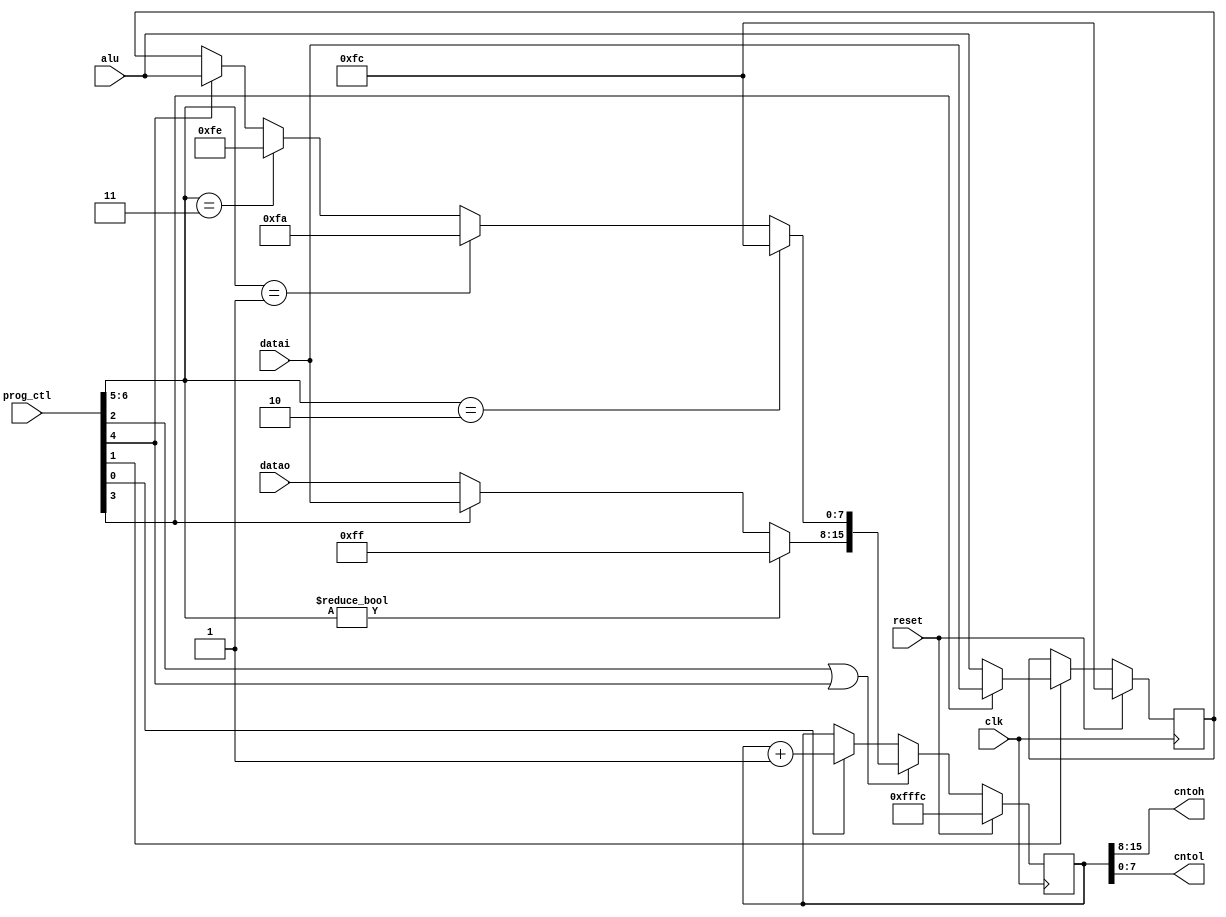
// 16 bit program counter for the m6502
//
//  Description:
//  	This is the 16 bit program counter for the m6502.
// 	This is basically a 16 bit up counter.
// 	There is an 8 bit register that is used to hold the low half of the PC 
// 	when loading a new value during a JMP instruction.
// 	The reset and interrupt vectors are also applied here.
// 
//  Signals ending in _n are active low.
//
// --------------------------------------------------------------------------------    
`timescale 1 ns / 1 ns // timescale for following modules

module prog_cnt (clk,
   reset,
   alu,
   cntoh,
   cntol,
   datai,
   datao,
   prog_ctl);
input   clk; //  we use the IEEE standard 1164 logic types. + and - operators

input   reset; //  active high reset

input   [7:0] alu; //  output of alu

output  [7:0] cntoh; //  high counter out

output  [7:0] cntol; //  low counter out

input   [7:0] datai; //  data in bus in

input   [7:0] datao; //  data out bus in

input   [6:0] prog_ctl; //  Control signals

parameter RST_vec_hi = 8'b 11111111; //  reset vector = fffc
parameter NMI_vec_lo = 8'b 11111010; 
parameter RST_vec_lo = 8'b 11111100; 
//  be sure to include the following synopsys command in your synthesis script
//  compile_preserve_sync_resets="true"
parameter IRQ_vec_lo = 8'b 11111110; 
wire    [7:0] cntoh; 
wire    [7:0] cntol; 
//  0=cnt_enb,1=load H, 2=load PC, 3=sel_datai, 4=load PCL with alu
//  6:5-00=no change,01=NMI vector, 10=reset vector,11=IRQ vector
wire    [7:0] cntih; //  counter data in high
wire    [7:0] cntil; //  counter data in low
reg     [7:0] hreg; //  H register output
wire    [7:0] hreg_in; //  H register input
reg     [15:0] pc; //  program counter
// ---------------Architecture synth-----------
assign cntoh = pc[15:8]; 
//  drive the port
assign cntol = pc[7:0]; 
//  drive the port
assign hreg_in = prog_ctl[3] == 1'b 1 ? datai : 
	alu; 
//  mux either the datai or datao ports
//  mux in reset vector
//  mux in NMI vector
//  mux in IRQ vector
//  shortcut relative branches
assign cntil = prog_ctl[6:5] == 2'b 10 ? RST_vec_lo : 
	prog_ctl[6:5] == 2'b 01 ? NMI_vec_lo : 
	prog_ctl[6:5] == 2'b 11 ? IRQ_vec_lo : 
	prog_ctl[4] == 1'b 1 ? alu : 
	hreg; 
//  mux in reset
//  mux either the datai or datao ports
assign cntih = prog_ctl[6:5] != 2'b 00 ? RST_vec_hi : 
	prog_ctl[3] == 1'b 1 ? datai : 
	datao; 
always @(posedge clk)
   begin : counter
   if (reset == 1'b 1)
      begin
      pc <= {RST_vec_hi , RST_vec_lo};
      end
   else if (prog_ctl[2] == 1'b 1 | prog_ctl[4] == 1'b 1 )
      begin
      pc <= {cntih , cntil};
      end
   else if (prog_ctl[0] == 1'b 1 )
      begin
      pc <= pc + 1;
      end
   else
      begin
      pc <= pc;
      end
   if (reset == 1'b 1)
//  create the H register which holds
      begin
      hreg <= RST_vec_lo;
//  the new low half of the PC while
      end
   else if (prog_ctl[1] == 1'b 1 )
//  we're fetching the high half.
      begin
      hreg <= hreg_in;
      end
   else
      begin
      hreg <= hreg;
      end
   end

endmodule // module prog_cnt